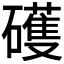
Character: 𥖪